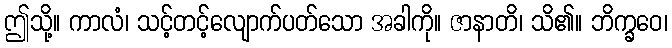
ဤသို့။ ကာလံ၊ သင့်တင့်လျောက်ပတ်သော အခါကို။ ဇာနာတိ၊ သိ၏။ ဘိက္ခဝေ၊